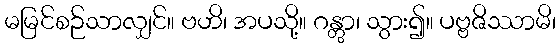
မမြင်စဉ်သာလျှင်။ ဗဟိ၊ အပသို့။ ဂန္တွာ၊ သွား၍။ ပဗ္ဗဇိဿာမိ၊